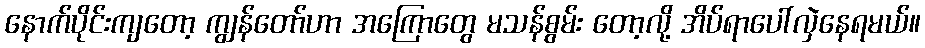
နောက်ပိုင်းကျတော့ ကျွန်တော်ဟာ အကြောတွေ မသန်စွမ်း တော့လို့ အိပ်ရာပေါ်လှဲနေရမယ်။